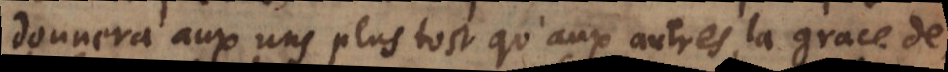
donnera aux uns plustost qu’aux autres, la grace de